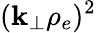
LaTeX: (\mathbf{k}_{\perp}\rho_{e})^{2}